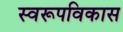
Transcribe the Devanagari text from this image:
स्वरूपविकास